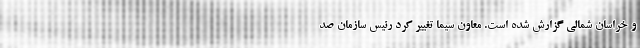
و خراسان شمالی گزارش شده است. معاون سیما تغییر کرد رئیس سازمان صد